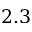
2 . 3